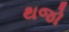
થજો